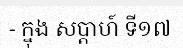
- ក្នុង សប្តាហ៍ ទី១៧